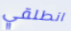
انطلقي